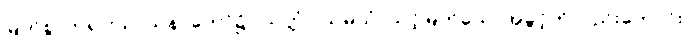
မြတ်စွာဘုရားသာသနာတော်၌။ ယုတ္တံဝါသမယံ၊ သင့်မြတ်သောအခွင့်ကိုလည်းကောင်း။